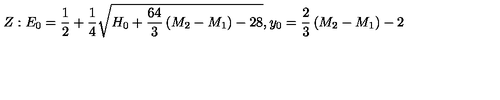
Z : E _ { 0 } = { \frac { 1 } { 2 } } + { \frac { 1 } { 4 } } \sqrt { H _ { 0 } + { \frac { 6 4 } { 3 } } \left( M _ { 2 } - M _ { 1 } \right) - 2 8 } , y _ { 0 } = { \frac { 2 } { 3 } } \left( M _ { 2 } - M _ { 1 } \right) - 2